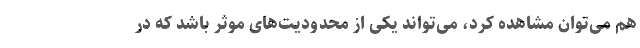
هم می‌توان مشاهده کرد، می‌تواند یکی از محدودیت‌های موثر باشد که در